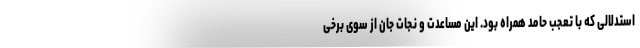
استدلالی که با تعجب حامد همراه بود. این مساعدت و نجات جان از سوی برخی